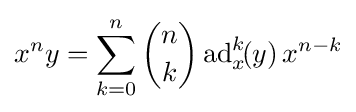
x^{n}y=\sum _{k=0}^{n}{\binom {n}{k}}\operatorname {ad} _{x}^{k}\!(y)\,x^{n-k}